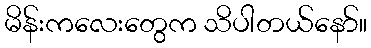
မိန်းကလေးတွေက သိပါတယ်နော်။